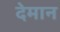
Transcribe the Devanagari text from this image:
देमान